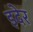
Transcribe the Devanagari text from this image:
इदेर